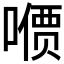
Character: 𪢋